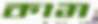
কাম